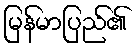
မြန်မာပြည်၏